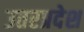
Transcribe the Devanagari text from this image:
उतरप्रदेश